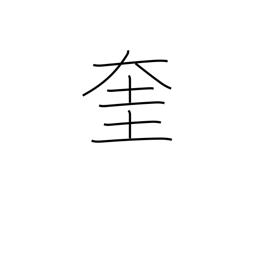
Meaning: god of literature